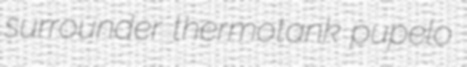
surrounder thermotank pupelo